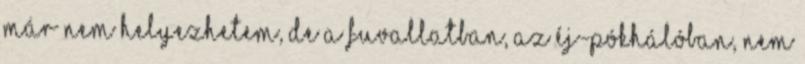
már nem helyezhetem, de a fuvallatban, az éj-pókhálóban, nem